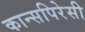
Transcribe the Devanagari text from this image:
कान्सपिरेसी